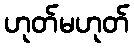
ဟုတ်မဟုတ်